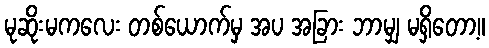
မုဆိုးမကလေး တစ်ယောက်မှ အပ အခြား ဘာမျှ မရှိတော့။